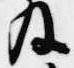
及